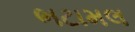
ભટામલ